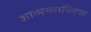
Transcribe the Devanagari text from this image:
आत्मग्लानिवश